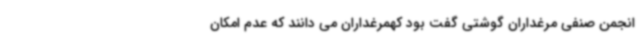
انجمن صنفی مرغداران گوشتی گفت بود کهمرغداران می دانند که عدم امکان